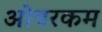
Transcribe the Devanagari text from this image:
ओवरकम